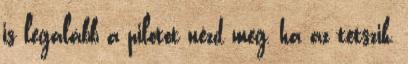
is legalább a pilotot nézd meg, ha az tetszik,